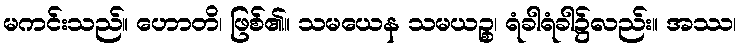
မကင်းသည်။ ဟောတိ၊ ဖြစ်၏။ သမယေန သမယဉ္စ၊ ရံခါရံခါ၌လည်း။ အဿ၊